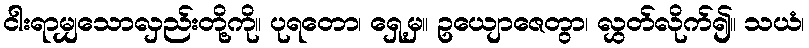
ငါးရာမျှသောလှည်းတို့ကို။ ပုရတော၊ ရှေ့မှ။ ဥယျောဇေတွာ၊ လွှတ်လိုက်၍။ သယံ၊